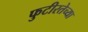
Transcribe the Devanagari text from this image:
फुटीरतेच्या